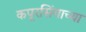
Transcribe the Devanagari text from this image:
कपूरसिंगाच्या